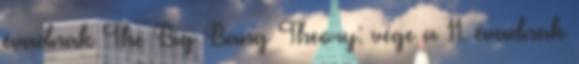
évadnak The Big Bang Theory: vége a 11. évadnak